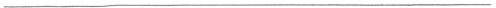
___